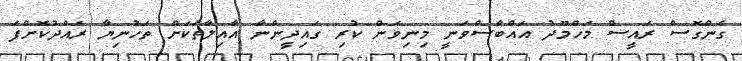
ގެންގޮސް ރައީސް މަހްމޫދު އައްބާސްވަނީ މިނިވަން ކުރި ގައިދީންނާ އާއިލާތަކަށް ތަހުނިޔާ ރައްދުކޮށްފަ